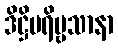
ဒိဋ္ဌိပရိဗ္ဗသာနာ